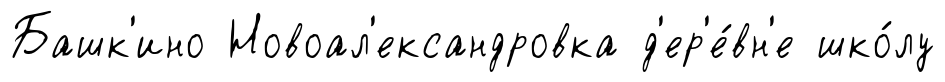
Башк'ино Новоал'ександровка д'ер'е́вн'е шко́лу